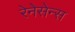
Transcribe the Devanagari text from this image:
रेनेसेन्स